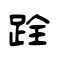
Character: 跧